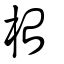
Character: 枱